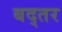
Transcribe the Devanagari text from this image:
बद्तर